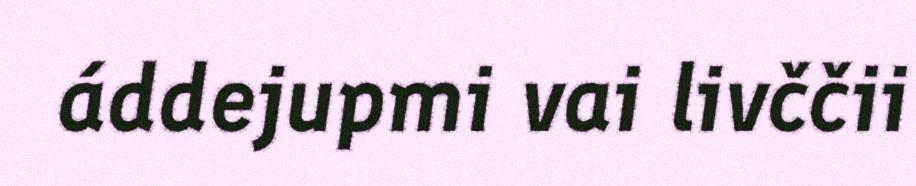
áddejupmi vai livččii